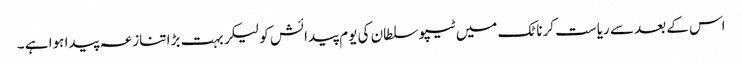
اس کے بعد سے ریاست کرناٹک میں ٹیپو سلطان کی یوم پیدائش کو لیکر بہت بڑا تنازعہ پیدا ہوا ہے ۔